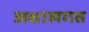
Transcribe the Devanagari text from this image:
अक्षालगत